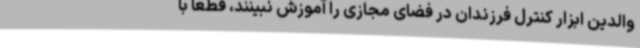
والدین ابزار کنترل فرزندان در فضای مجازی را آموزش نبینند، قطعا با